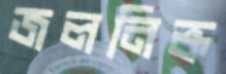
জলনিষ্ক